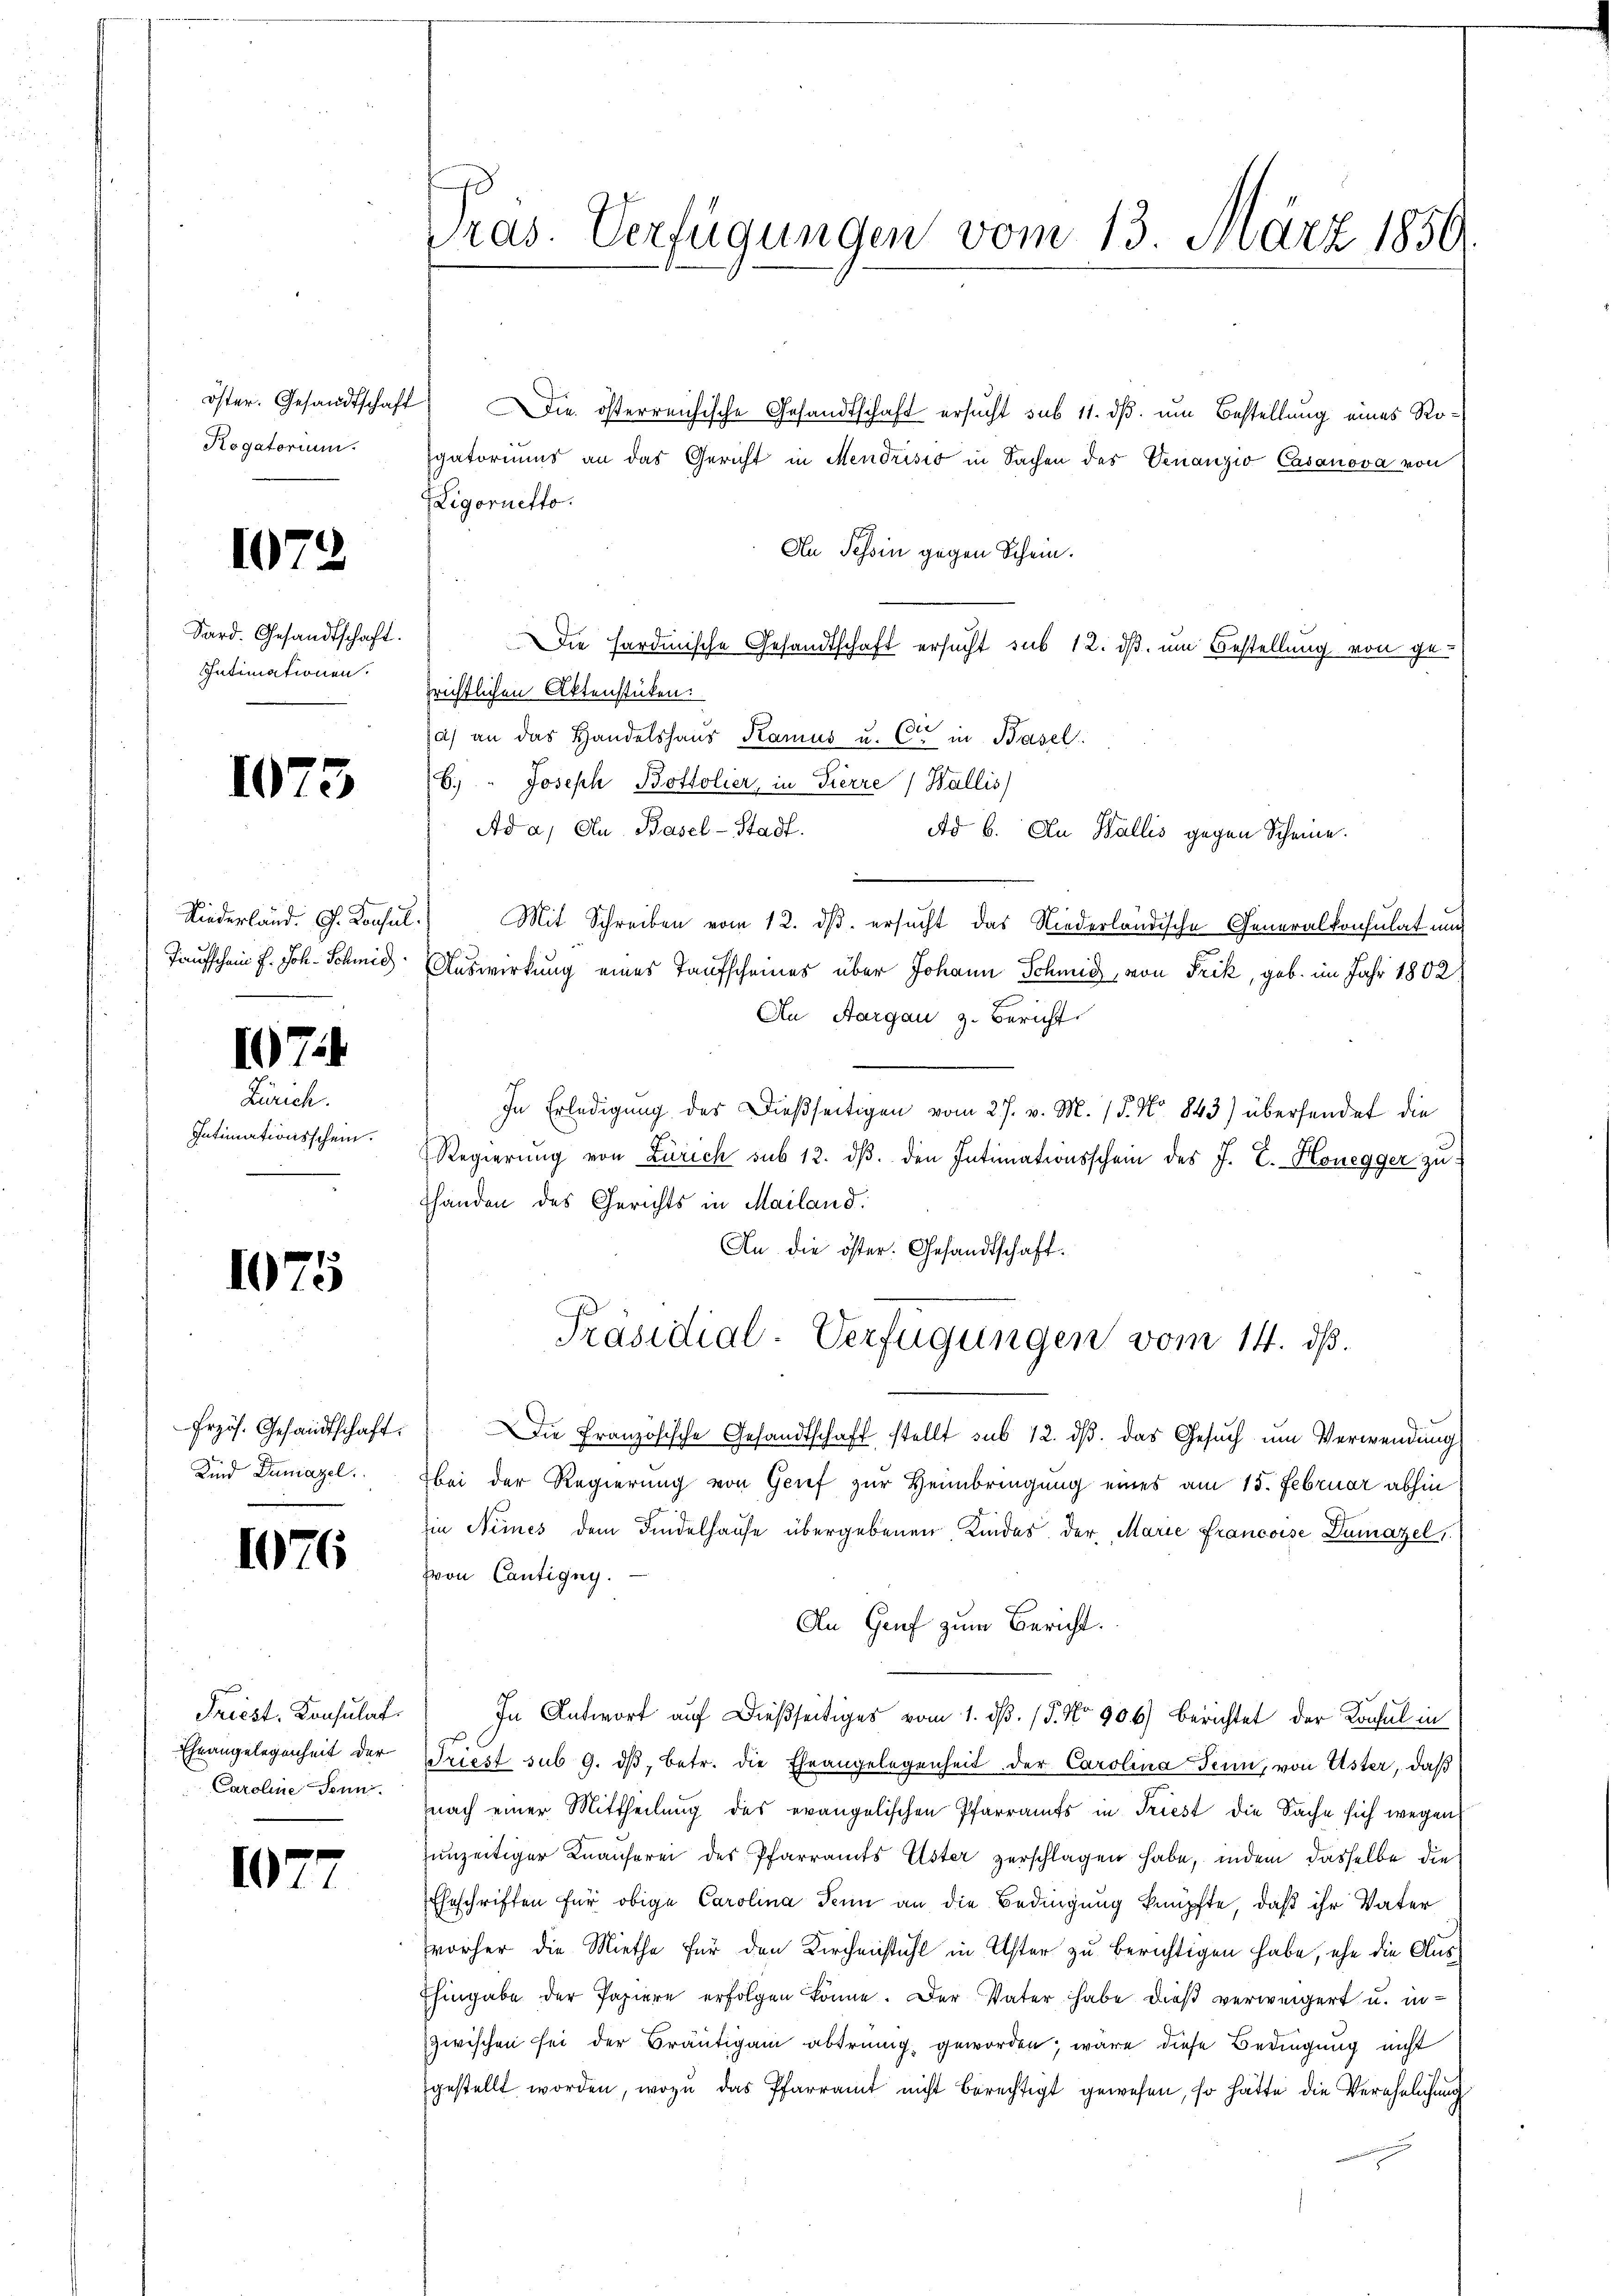
Rogatorium

1072

Sard. Gesandtschaft.
Intimationen.

1073

Taufschein P. Joh. Schmid

17.4.

Zürich.
Intimationsschein.

1075

Przös. Gesandtschaft.
Kind Dumazel.

1076

Friest. Konsulat
Eheangelegenheit der
Caroline Tenni.

1077

ras. Verfügungen vom 13. März 1850.

öster. Gesandtschaft Die österreichische Gesandtschaft ersucht sub 11. ds. um Bestellung eines Rogatoriums an das Gericht in Mendrisis in Sachen des Venanzio Casanova von
Ligorietto.
An Tessin gegen Schein.
Die Hardmische Gesandtschaft ersucht sub 12. ds. um Bestellung von gezrichtlichen Aktenstücken.
(a) an das Handelshaus Kamus u. Cie in Basel.
6.) " Joseph Boltolier, in Pierre / Wallis)
Ad a/ Au Basel-Stadt.
Ad 6. Au Wallis gegen Scheine.
Niederland. J. Konsul.) Mit Schreiben vom 12. ds. ersucht das Niederländische Generalkonsulat und
Auswirkung eines Taufscheines über Johann Schmid, von Frik, geb. im Jahr 1802
An Aargau z. Bericht
In Erledigung des dießseitigen vom 27. v. M. 15. No. 843 übersendet die
Regierung von Zürich sub 12. dβ. den Intimationsschein des J. E. Honegger zu
handen des Gerichts in Mailand.
An die öster. Gesandtschaft.
Präsidial-Verfügungen vom 14. ds.
Die Französische Gesandtschaft stellt sub 12. dβ. das Gesuch um Verwendung
bei der Regierung von Grief zur Heimbringung eines am 15. Februar abhin
Ein Nimes dem Findelhause übergebenen Kindes der Marie francoise Dumazel,
von Cantigny.
An Genf zum Bericht.
In Antwort auf dießseitiges vom 1. dβ. / 5. No 906) berichtet der Konsul in
Triest sub 9. dβ, betr. die Ehrangelegenheit der Carolina Senn, von Uster, daß
nach einer Mittheilung des evangelischen Pfarramts in Triest die Sache sich wegen
unzeitiger Knanferei des Pfarramts Uster zerschlagen habe, indem dasselbe die
Eheschriften für obige Carolina Senn an die Bedingung knüpfte, daß ihr Vater
vorher die Miethe für den Kirchenstuhl in Uster zu berichtigen habe, ehe die Aus¬
Ehingabe der Papiere erfolgen könne. Der Vater habe dieß verweigert u. inzwischen sei der Bräutigam abtreng geworden, wäre diese Bedingung nicht
gestellt worden, wozu das Pfarramt nicht berechtigt gewesen, so hätte die Verehelichung